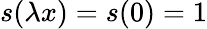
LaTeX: s(\lambda x)=s(0)=1